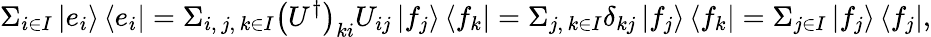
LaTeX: \Sigma_{i\in I}\left|e_{i}\right\rangle\left\langle e_{i}\right|=\Sigma_{i,\, j,\, k\in I}\left(U^{\dagger}\right)_{ki}U_{ij}\left|f_{j}\right\rangle\left\langle f_{k}\right|=\Sigma_{j,\, k\in I}\delta_{kj}\left|f_{j}\right\rangle\left\langle f_{k}\right|=\Sigma_{j\in I}\left|f_{j}\right\rangle\left\langle f_{j}\right|,